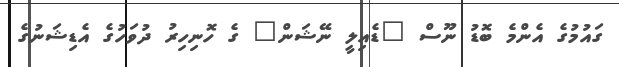
ގައުމުގެ އެންމެ ބޮޑު ނޫސް "ޑެއިލީ ނޭޝަން" ގެ ހޮނިހިރު ދުވަހުގެ އެޑިޝަނުގެ